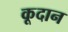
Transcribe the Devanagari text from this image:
कूदान